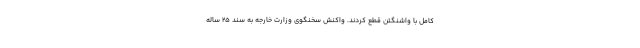
کامل با واشنگتن قطع کردند. واکنش سخنگوی وزارت خارجه به سند ۲۵ ساله